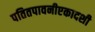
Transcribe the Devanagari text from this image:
पतितपावनीएकादशी